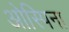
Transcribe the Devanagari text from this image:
ओस्पिना